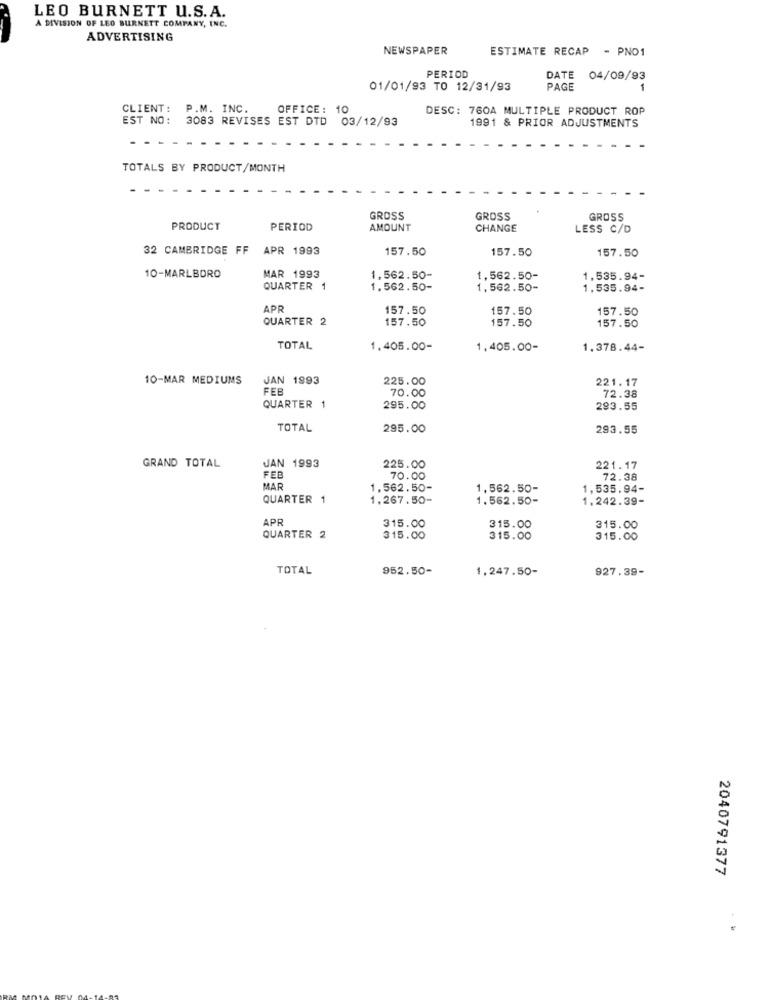
LEO BURNETT U.S.A.
A DIVISION OF LEO BURNETT COMPANY, INC.
ADVERTISING
NEWSPAPER
ESTIMATE RECAP - PNO1
PERIOD
DATE 04/09/93
01/01/93 TO 12/31/93
PAGE
CLIENT:
P.M. INC.
OFFICE: 10
DESC: 760A MULTIPLE PRODUCT ROP
EST NO:
3083 REVISES EST DTD 03/12/93
1991 & PRIOR ADJUSTMENTS
TOTALS BY PRODUCT/MONTH
GROSS
GROSS
GROSS
PRODUCT
PERIOD
AMOUNT
CHANGE
LESS C/D
32 CAMBRIDGE FF
APR 1993
157.50
157.50
157.50
10-MARLBORO
MAR 1993
1,562.50-
1,562.50-
1,535.94-
QUARTER 1
1.562.50-
1,562.50-
1,535.94-
APR
157.50
157.50
157.50
QUARTER 2
157.50
157.50
157.50
TOTAL
1.405.00-
1,405.00-
1.378.44-
10-MAR MEDIUMS
JAN 1993
225.00
221.17
FEB
70.00
72.38
QUARTER
295.00
293.55
TOTAL
295.00
293.55
GRAND TOTAL
JAN 1993
225.00
221.17
FEB
70.00
72.38
MAR
1,562.50-
1,562.50-
1,535.94-
QUARTER 1
1.267.50-
1.562.50-
1.242.39-
APR
315.00
315.00
315.00
QUARTER 2
315.00
315.00
315.00
TOTAL
952.50-
1.247.50-
927.39-
2040791377